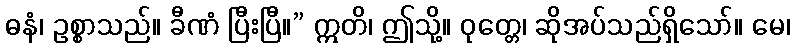
ဓနံ၊ ဥစ္စာသည်။ ခီဏံ ပြီးပြီ။” ဣတိ၊ ဤသို့။ ဝုတ္တေ၊ ဆိုအပ်သည်ရှိသော်။ မေ၊